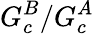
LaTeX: G_{c}^{B}/G_{c}^{A}